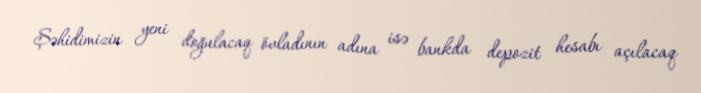
Şəhidimizin yeni doğulacaq övladının adına isə bankda depozit hesabı açılacaq